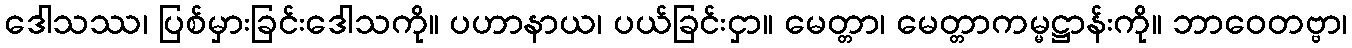
ဒေါသဿ၊ ပြစ်မှားခြင်းဒေါသကို။ ပဟာနာယ၊ ပယ်ခြင်းငှာ။ မေတ္တာ၊ မေတ္တာကမ္မဋ္ဌာန်းကို။ ဘာဝေတဗ္ဗာ၊